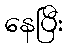
နေပြီး